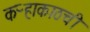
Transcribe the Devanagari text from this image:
कऱ्हाकाठची